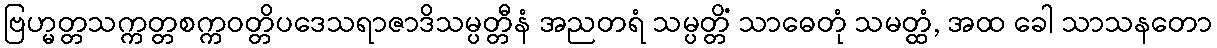
ဗြဟ္မတ္တသက္ကတ္တစက္ကဝတ္တိပဒေသရာဇာဒိသမ္ပတ္တီနံ အညတရံ သမ္ပတ္တိံ သာဓေတုံ သမတ္ထံ, အထ ခေါ သာသနတော